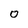
Character: o